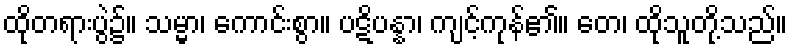
ထိုတရားပွဲ၌။ သမ္မာ၊ ကောင်းစွာ။ ပဋိပန္နာ၊ ကျင့်ကုန်၏။ တေ၊ ထိုသူတို့သည်။